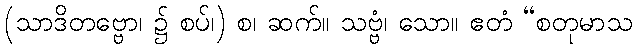
(သာဒိတဗ္ဗော၊ ၌ စပ်၊) စ၊ ဆက်။ သဗ္ဗံ၊ သော။ ဧတံ “စတုမာသ